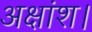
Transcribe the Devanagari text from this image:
अक्षांश।